Scientific memoirs by medical officers of the Army of India - Part III,
Year: 1887
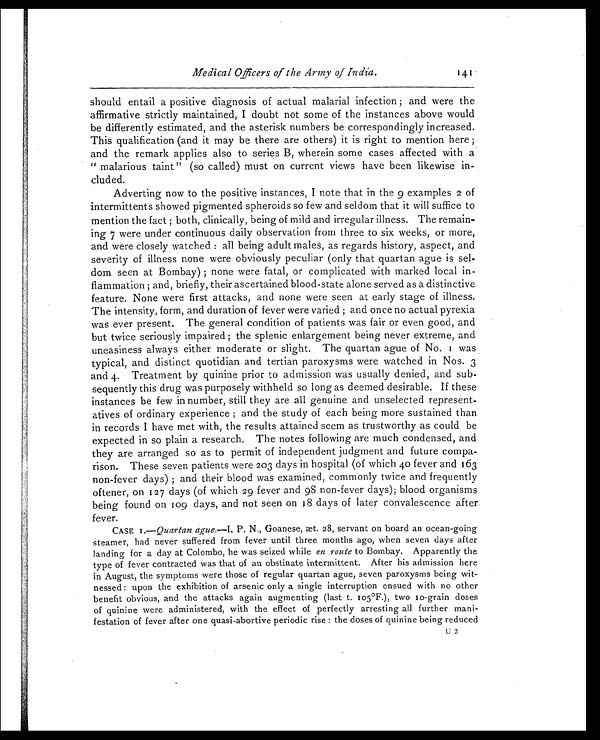
Medical Officers of the Army of India.
should entail a positive diagnosis of actual malarial infection ; and were the
affirmative strictly maintained, I doubt not some of the instances above would
be differently estimated, and the asterisk numbers be correspondingly increased.
This qualification (and it may be there are others) it is right to mention here ;
and the remark applies also to series B, wherein some cases affected with a
" malarious taint" (so called) must on current views have been likewise in-
cluded.
Adverting now to the positive instances, I note that in the 9 examples 2 of
intermittents showed pigmented spheroids so few and seldom that it will suffice to
mention the fact ; both, clinically, being of mild and irregular illness. The remain-
ing 7 were under continuous daily observation from three to six weeks, or more,
and were closely watched : all being adult males, as regards history, aspect, and
severity of illness none were obviously peculiar (only that quartan ague is sel-
dom seen at Bombay) ; none were fatal, or complicated with marked local in-
flammation ; and, briefly, their ascertained blood-state alone served as a distinctive
feature. None were first attacks, and none were seen at early stage of illness.
The intensity, form, and duration of fever were varied ; and once no actual pyrexia
was ever present. The general condition of patients was fair or even good, and
but twice seriously impaired ; the splenic enlargement being never extreme, and
uneasiness always either moderate or slight. The quartan ague of No. I was
typical, and distinct quotidian and tertian paroxysms were watched in Nos. 3
and 4. Treatment by quinine prior to admission was usually denied, and sub-
sequently this drug was purposely withheld so long as deemed desirable. If these
instances be few in number, still they are all genuine and unselected represent-
atives of ordinary experience ; and the study of each being more sustained than
in records I have met with, the results attained seem as trustworthy as could be
expected in so plain a research. The notes following are much condensed, and
they are arranged so as to permit of independent judgment and future compa-
rison. These seven patients were 203 days in hospital (of which 40 fever and 163
non-fever days) ; and their blood was examined, commonly twice and frequently
oftener, on 127 days (of which 29 fever and 98 non-fever days); blood organisms
being found on 109 days, and not seen on 18 days of later convalescence after
fever.
CASE I .—Quartan ague.— I . P. N. , Goanese, æt. 28, servant on board an ocean-going
steamer, had never suffered from fever until three months ago, when seven days after
landing for a day at Colombo, he was seized while en . route to Bombay. Apparently the
type of fever contracted was that of an obstinate intermittent. After his admission here
in August, the symptoms were those of regular quartan ague, seven paroxysms being wit-
nessed : upon the exhibition of arsenic only a single interruption ensued with no other
benefit obvious, and the attacks again augmenting (last t. 105˚F.), two 10-grain doses
of quinine were administered, with the effect of perfectly arresting all further mani-
festation of fever after one quasi-abortive periodic rise : the doses of quinine being reduced
U 2